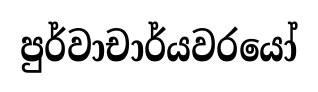
පුර්වාචාර්යවරයෝ